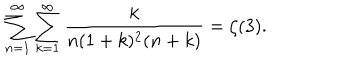
\sum _ { n = 1 } ^ { \infty } \sum _ { k = 1 } ^ { \infty } \frac { k } { n ( 1 + k ) ^ { 2 } ( n + k ) } = \zeta ( 3 ) .